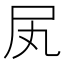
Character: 㞍